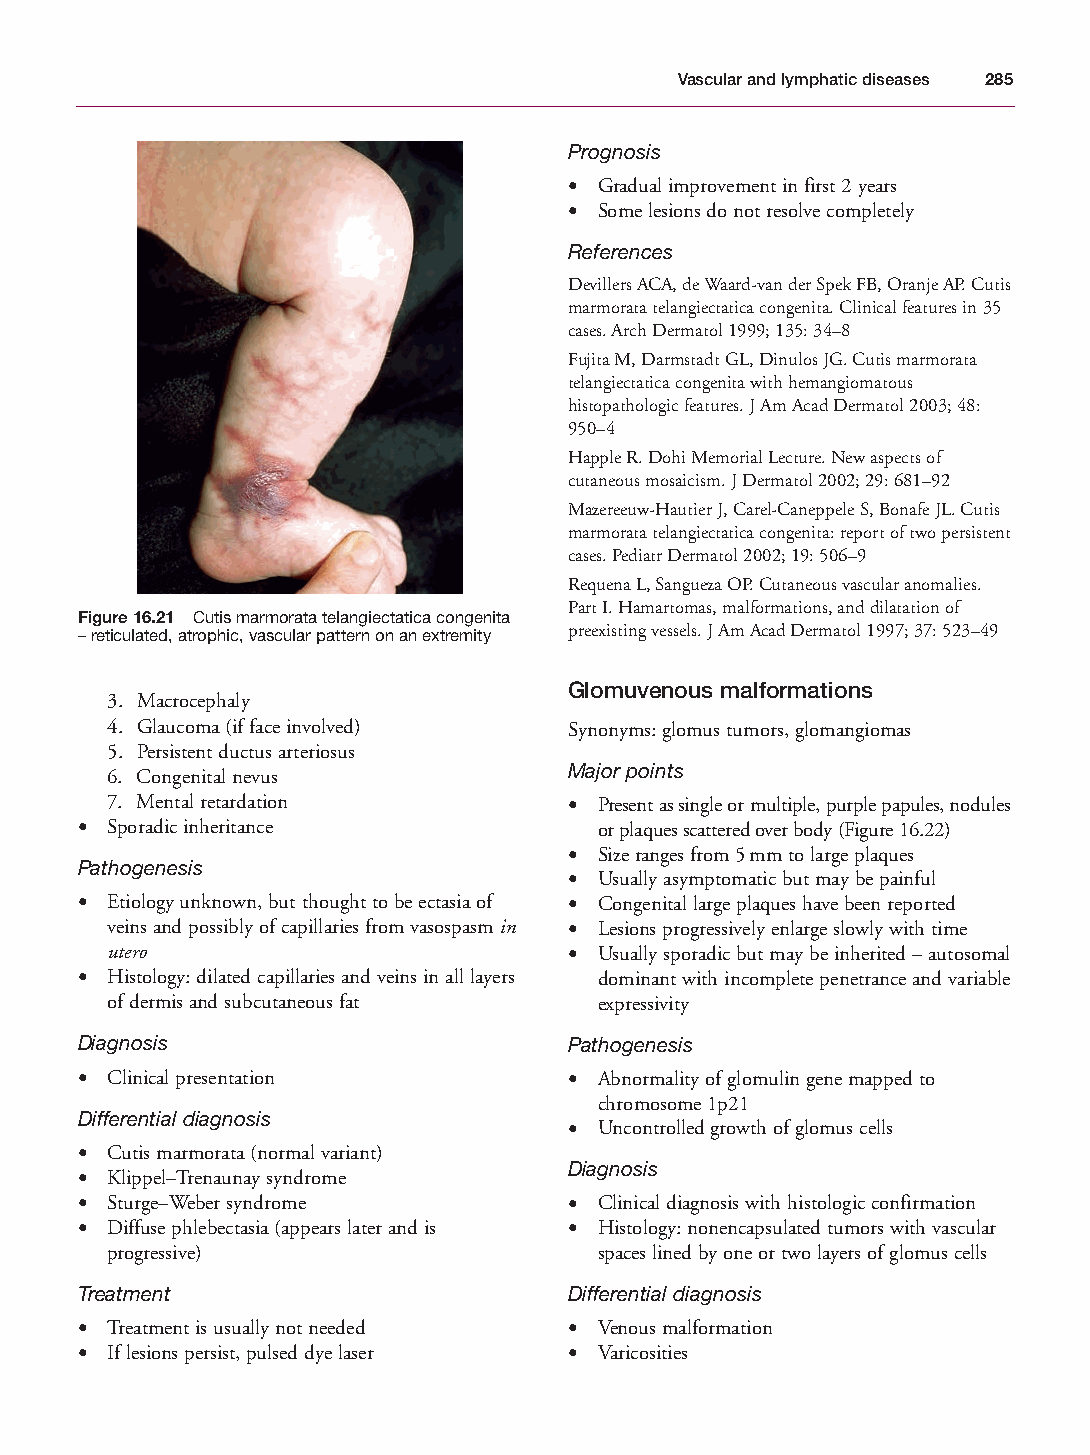
Mallory Chapter 16 27/1/05 2:49 pm Page 285
 Vascular and lymphatic diseases 285
 Prognosis
 • Gradual improvement in first 2 years
 • Some lesions do not resolve completely
 References
 Devillers ACA, de Waard-van der Spek FB, Oranje AP. Cutis
 marmorata telangiectatica congenita. Clinical features in 35
 cases. Arch Dermatol 1999; 135: 34–8
 Fujita M, Darmstadt GL, Dinulos JG. Cutis marmorata
 telangiectatica congenita with hemangiomatous
 histopathologic features. J Am Acad Dermatol 2003; 48:
 950–4
 Happle R. Dohi Memorial Lecture. New aspects of
 cutaneous mosaicism. J Dermatol 2002; 29: 681–92
 Mazereeuw-Hautier J, Carel-Caneppele S, Bonafe JL. Cutis
 marmorata telangiectatica congenita: report of two persistent
 cases. Pediatr Dermatol 2002; 19: 506–9
 Requena L, Sangueza OP. Cutaneous vascular anomalies.
 Part I. Hamartomas, malformations, and dilatation of
 Figure 16.21 Cutis marmorata telangiectatica congenita
 – reticulated, atrophic, vascular pattern on an extremity preexisting vessels. J Am Acad Dermatol 1997; 37: 523–49
 Glomuvenous malformations
 3. Macrocephaly
 4. Glaucoma (if face involved) Synonyms: glomus tumors, glomangiomas
 5. Persistent ductus arteriosus
 Major points
 6. Congenital nevus
 7. Mental retardation          • Present as single or multiple, purple papules, nodules
 • Sporadic inheritance             or plaques scattered over body (Figure 16.22)
 • Size ranges from 5mm to large plaques
 Pathogenesis
 • Usually asymptomatic but may be painful
 • Etiology unknown, but thought to be ectasia of • Congenital large plaques have been reported
 veins and possibly of capillaries from vasospasm in • Lesions progressively enlarge slowly with time
 utero                          • Usually sporadic but may be inherited – autosomal
 • Histology: dilated capillaries and veins in all layers dominant with incomplete penetrance and variable
 of dermis and subcutaneous fat   expressivity
 Diagnosis                        Pathogenesis
 • Clinical presentation          • Abnormality of glomulin gene mapped to
 chromosome 1p21
 Differential diagnosis
 • Uncontrolled growth of glomus cells
 • Cutis marmorata (normal variant)
 Diagnosis
 • Klippel–Trenaunay syndrome
 • Sturge–Weber syndrome          • Clinical diagnosis with histologic confirmation
 • Diffuse phlebectasia (appears later and is • Histology: nonencapsulated tumors with vascular
 progressive)                     spaces lined by one or two layers of glomus cells
 Treatment                        Differential diagnosis
 • Treatment is usually not needed • Venous malformation
 • If lesions persist, pulsed dye laser • Varicosities